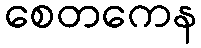
စေတကေန